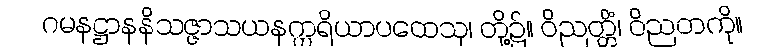
ဂမနဋ္ဌာနနိသဇ္ဇာသယနဣရိယာပထေသု၊ တို့၌။ ဝိညတ္တိံ၊ ဝိညတကို။